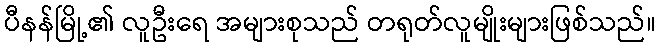
ပီနန်မြို့၏ လူဦးရေ အများစုသည် တရုတ်လူမျိုးများဖြစ်သည်။